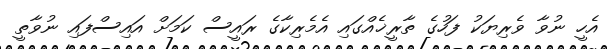
އެހީ ނުވާ ވެރިޔަކު ފަހުގެ ތާރީޚެއްގައި އެމެރިކާގެ ރައީސް ކަމަށް އައިސްފައި ނުވާތީ